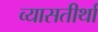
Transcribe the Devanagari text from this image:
व्यासतीर्था